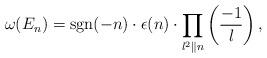
LaTeX: \begin{align*}\omega(E_n)={\rm{sgn}}(-n)\cdot\epsilon(n)\cdot\prod_{l^2\|n}\left(\frac{-1}{l}\right),\end{align*}